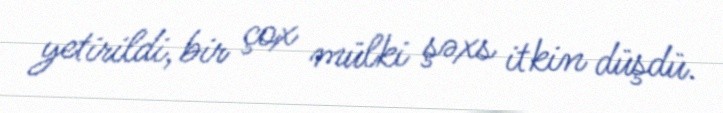
yetirildi, bir çox mülki şəxs itkin düşdü.